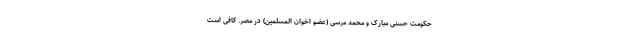
حکومت حسنی مبارک و محمد مرسی (عضو اخوان المسلمین) در مصر. کافی است